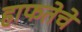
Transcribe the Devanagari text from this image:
हाफतेचे